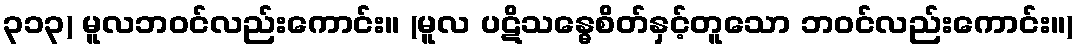
၃၁၃) မူလဘဝင်လည်းကောင်း။ (မူလ ပဋိသန္ဓေစိတ်နှင့်တူသော ဘဝင်လည်းကောင်း။)